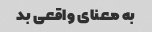
به معنای واقعی بد